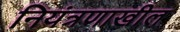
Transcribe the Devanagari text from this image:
नियंत्रणाखील